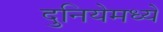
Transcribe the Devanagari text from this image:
दुनियेमध्ये